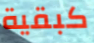
كبقية